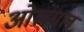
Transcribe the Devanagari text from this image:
ओलंगल